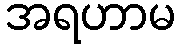
အရဟာမ